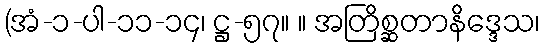
(အံ-၁-ပါ-၁၁-၁၄၊ ဋ္ဌ-၅၇။ ။ အတြိစ္ဆတာနိဒ္ဒေသ၊